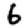
Digit: 6